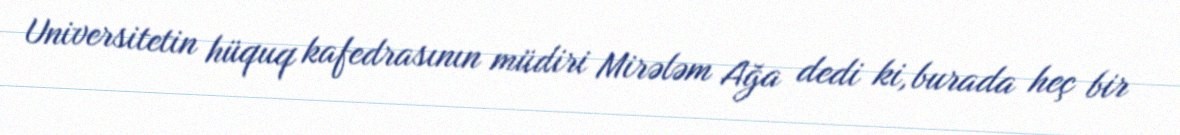
Universitetin hüquq kafedrasının müdiri Mirələm Ağa dedi ki, burada heç bir